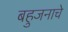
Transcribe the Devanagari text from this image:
बहुजनाचे